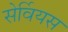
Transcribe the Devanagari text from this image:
सेर्वियस